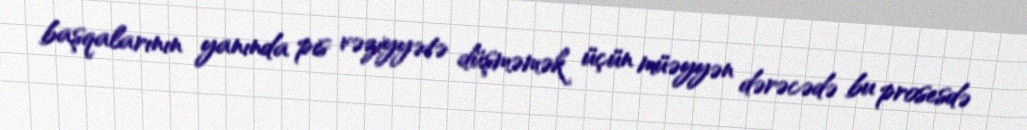
başqalarının yanında pis vəziyyətə düşməmək üçün müəyyən dərəcədə bu prosesdə